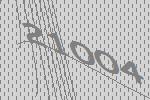
21004